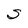
Character: S